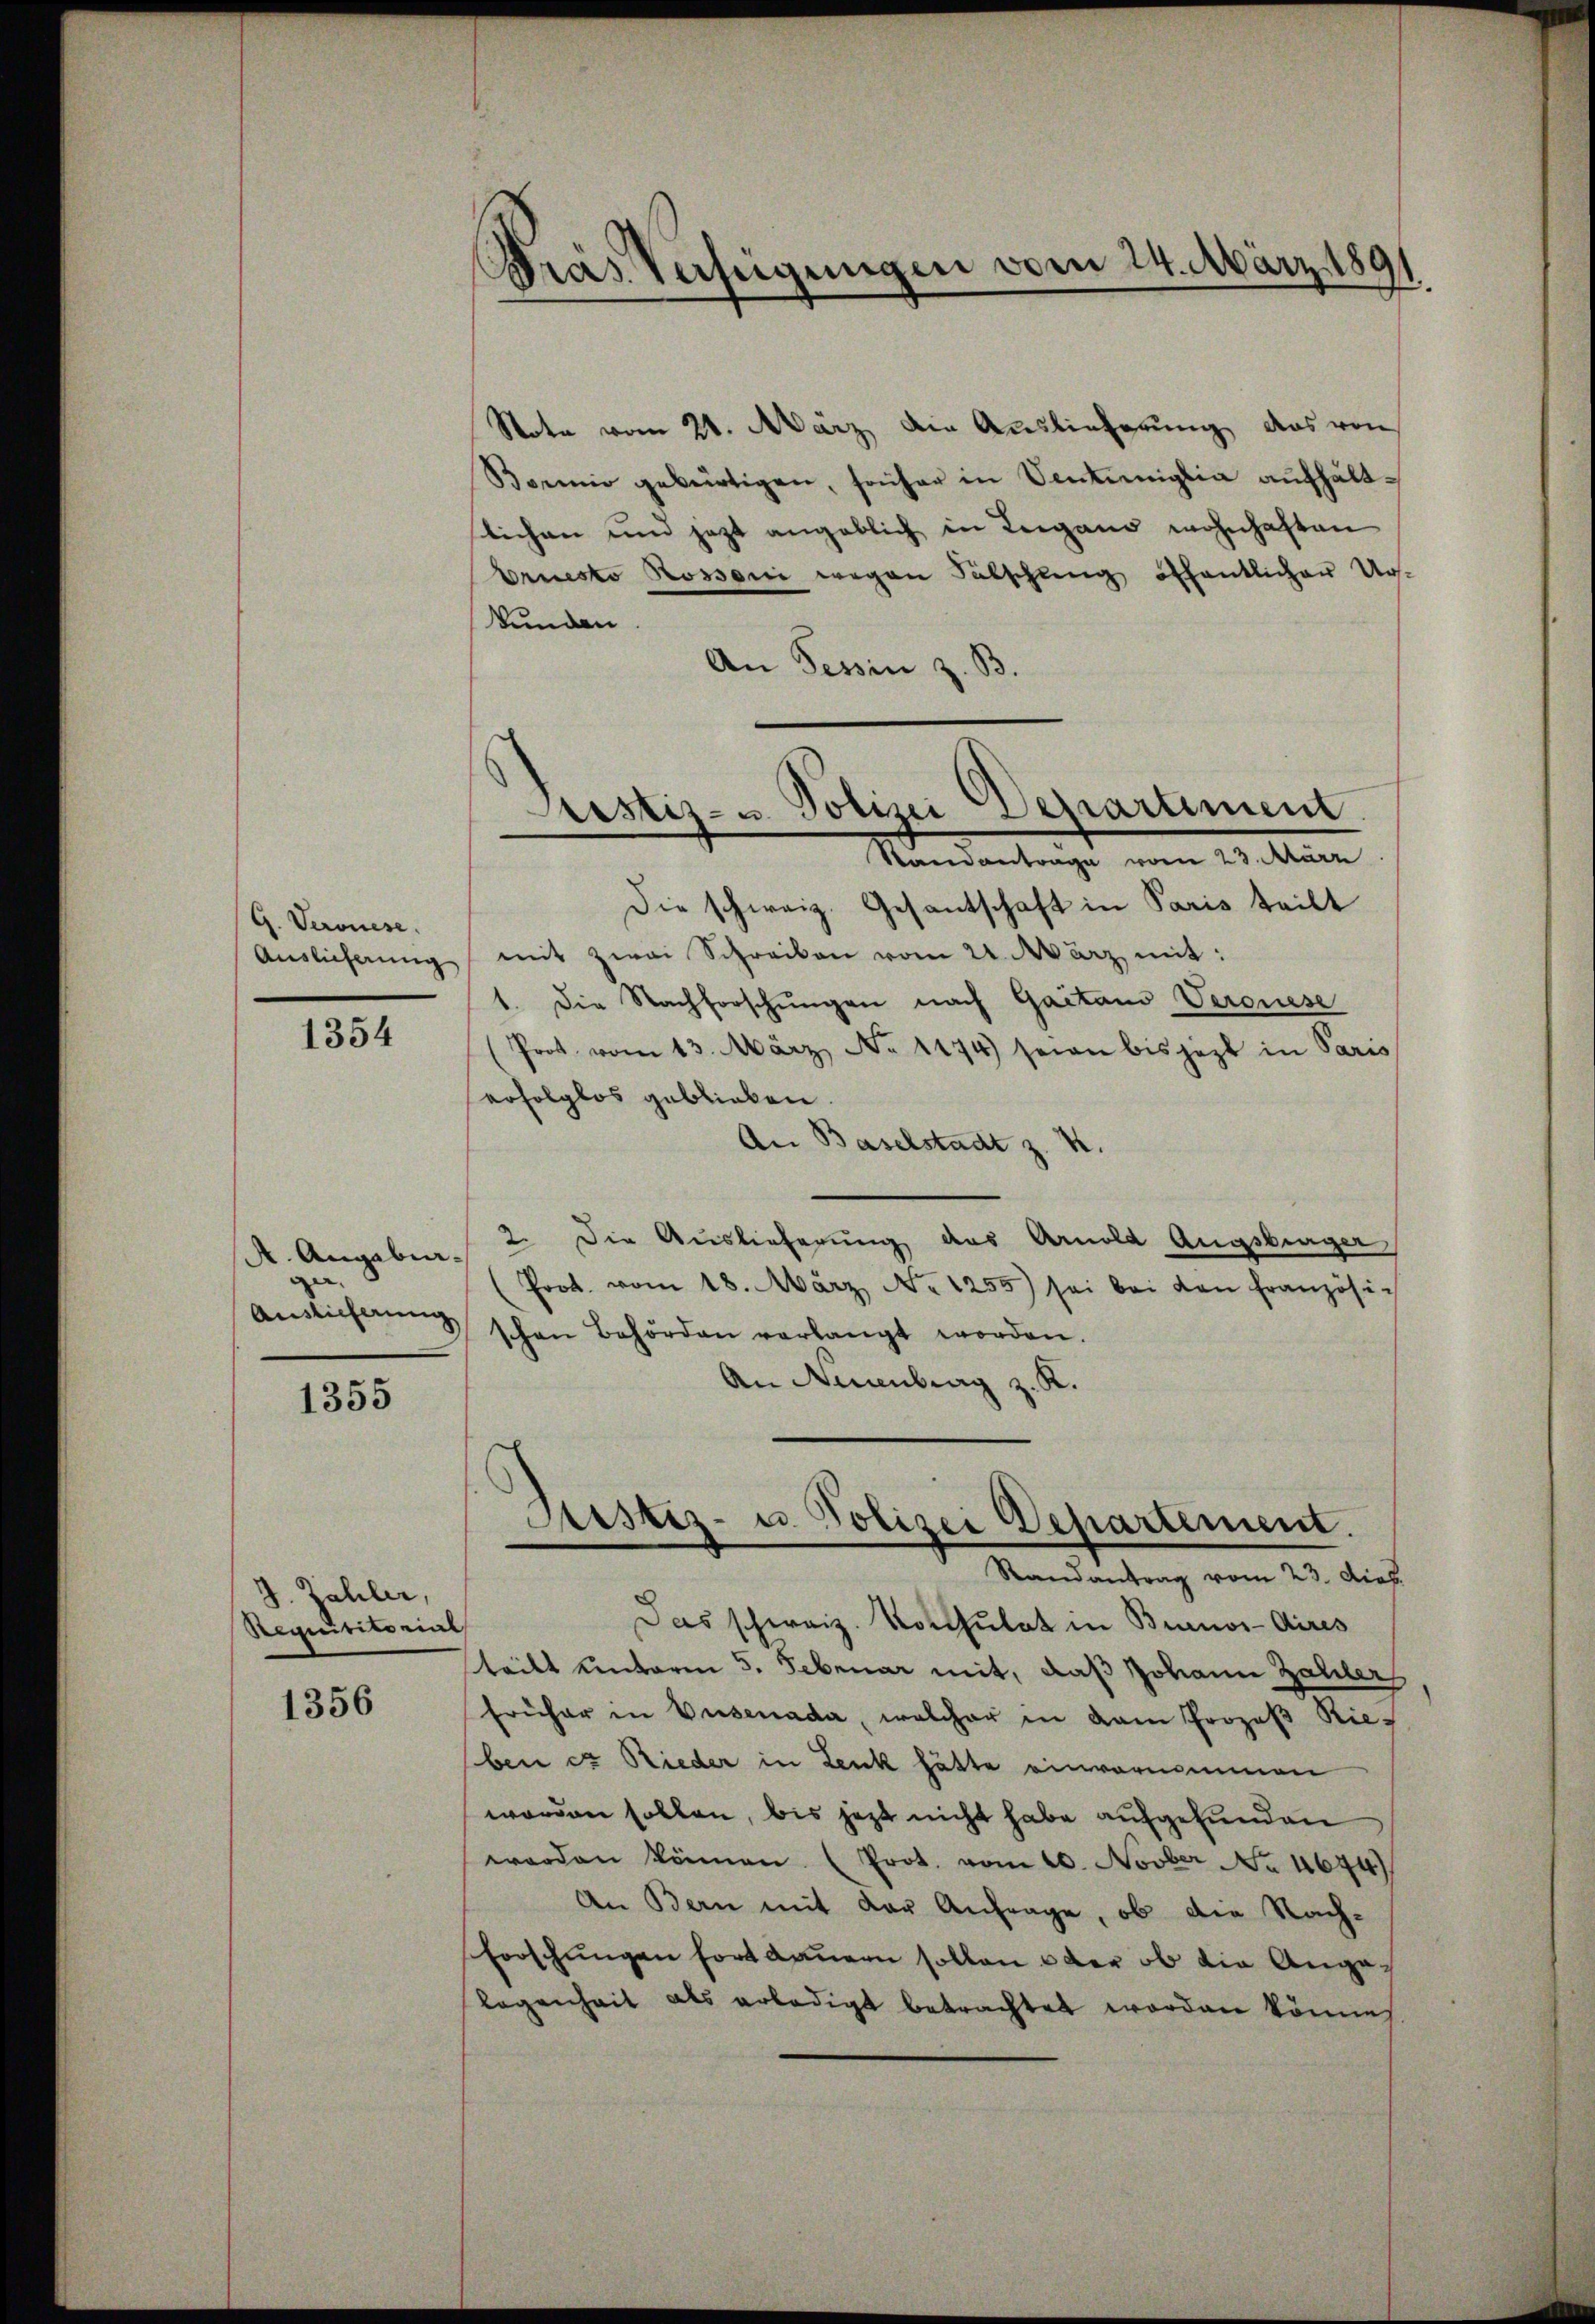
G. Veronese.
Auslieferung

1354

A. Angabur¬
Auslieferung

1355

J. Zahler,
Requisitorial

1356

Pras Verfügungen vom 24. März 180

Note vom 21. März die Auslieferung das von
Borio gebürtigen, früher in Senteiglia aufhältlichen und jetzt angeblich in Leigano wohnhaften
Ernesto Rossoni wegen Subschling öffentlicher Urs¬
Wunden
An Tessin z. B.
Die schweiz. Gesantschaft in Paris teilt
mit zwei Schreiben vom 21. März mit:
1. Die Nachforschungen nach Gaitaus Veronese
(Prot. vom 13. März No 1174) seien bis jezt in Paris
erfolglos geblieben.
An Baselstadt z.
.
2. Die Auslieferung des Arnold Augsbräger
(Prot. vom 18. März No. 1255) sei bei den Französi-
schen Behörden verlangt worden.
An Nuanburg z. K.
Justiz- u. Polizei Departement.
Randantrag vom 23. dies
Das schweiz. Konsulat in Buenos-Aires
tritt unterm 5. Februar mit, daß Johann Zahler
früher in Vasenada, welcher in dem Prozeβ Rie¬
Eben et Rieder in Lenk hätte einvernommen
worden sollen, bis jezt nicht habe aufgefunden
worden können (Prot. vom 10. Novber No 1674)
An Bern mit der Anfrage, ob die Nach¬
Forschungen fort dauern sollen oder ob die Angelegenheit als erledigt betrachtet worden könne

Prestiz- u. Polizei Departiment
Standantrage vom 23. März